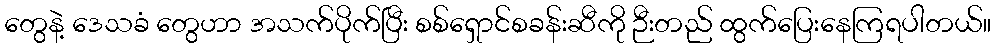
တွေနဲ့ ဒေသခံ တွေဟာ အသက်ပိုက်ပြီး စစ်ရှောင်စခန်းဆီကို ဉီးတည် ထွက်ပြေးနေကြရပါတယ်။